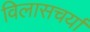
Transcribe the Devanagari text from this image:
विलासचर्या